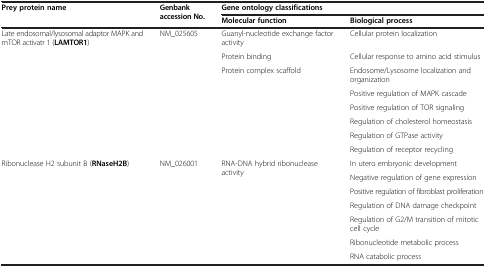
<table><thead><tr><td rowspan="2"><b>Prey protein name</b></td><td rowspan="2"><b>Genbank accession No.</b></td><td colspan="2"><b>Gene ontology classifications</b></td></tr><tr><td><b>Molecular function</b></td><td><b>Biological process</b></td></tr></thead><tbody><tr><td rowspan="8">Late endosomal/lysosomal adaptor MAPK and mTOR activatr 1 (<b>LAMTOR1</b>)</td><td rowspan="8">NM_025605</td><td>Guanyl-nucleotide exchange factor activity</td><td>Cellular protein localization</td></tr><tr><td>Protein binding</td><td>Cellular response to amino acid stimulus</td></tr><tr><td>Protein complex scaffold</td><td>Endosome/Lysosome localization and organization</td></tr><tr><td></td><td>Positive regulation of MAPK cascade</td></tr><tr><td></td><td>Positive regulation of TOR signaling</td></tr><tr><td></td><td>Regulation of cholesterol homeostasis</td></tr><tr><td></td><td>Regulation of GTPase activity</td></tr><tr><td></td><td>Regulation of receptor recycling</td></tr><tr><td rowspan="7">Ribonuclease H2 subunit B (<b>RNaseH2B</b>)</td><td rowspan="7">NM_026001</td><td rowspan="7">RNA-DNA hybrid ribonuclease activity</td><td>In utero embryonic development</td></tr><tr><td>Negative regulation of gene expression</td></tr><tr><td>Positive regulation of fibroblast proliferation</td></tr><tr><td>Regulation of DNA damage checkpoint</td></tr><tr><td>Regulation of G2/M transition of mitotic cell cycle</td></tr><tr><td>Ribonucleotide metabolic process</td></tr><tr><td>RNA catabolic process</td></tr></tbody></table>